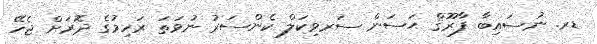
ޑރ. ނުސައިބާ ފާރޫޤް ޙަސަން ސަރވިކަލް ކެންސަރު ނުވަތަ ރަހިމުގެ ދޮރަށް ޖެހޭ